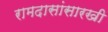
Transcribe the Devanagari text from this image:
रामदासांसारखी